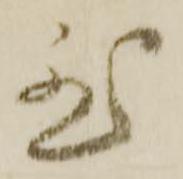
至